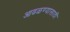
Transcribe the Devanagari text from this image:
आढळण्यासाठी